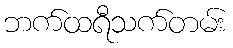
ဘက်ထရီသက်တမ်း